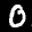
Label: 0